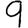
Digit: 9